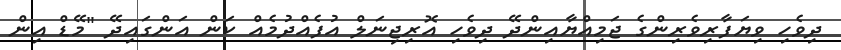
ދިވެހި ވިޔަފާރިވެރިންގެ ޖަމިއްޔާއިންދޭ ދިވެހި އޮރިޖިނަލް އުފެއްދުމެއް ކަން އަންގައިދޭ "މޭޑް އިން